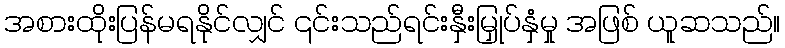
အစားထိုးပြန်မရနိုင်လျှင် ၎င်းသည်ရင်းနှီးမြှုပ်နှံမှု အဖြစ် ယူဆသည်။